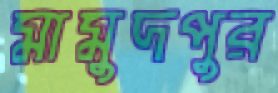
মামুদপুর